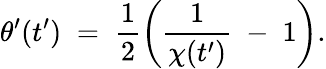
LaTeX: \theta^{\prime}(t^{\prime})\; =\; \frac{1}{2}\left(\frac{1}{\chi(t^{\prime})}\; -\; 1\right).